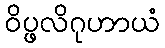
ဝိပ္ဖလိဂုဟာယံ